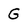
Character: G